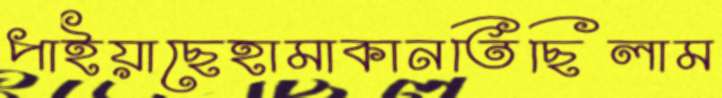
পাইয়াছেহামাকানতিছিলাম